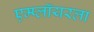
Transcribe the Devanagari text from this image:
एम्प्लॉयरला